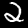
Digit: 2